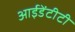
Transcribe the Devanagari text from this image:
आईडेंटीटी